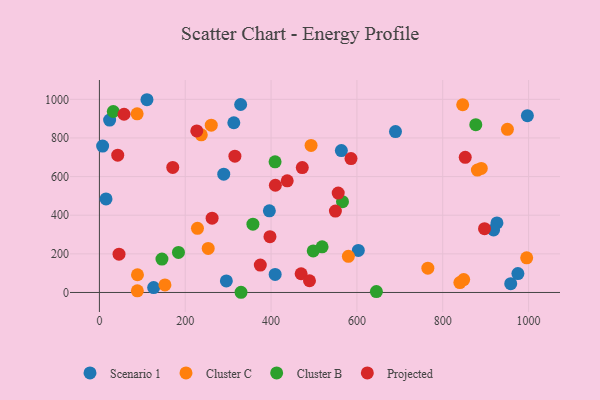
{"axis": {"x": "Speed", "y": "Fuel Efficiency"}, "legend": ["Cluster B", "Cluster C", "Projected", "Scenario 1"], "data": [{"x": "23.8", "y": 892.7, "type": "Scenario 1"}, {"x": "603.3", "y": 217.6, "type": "Scenario 1"}, {"x": "289.7", "y": 612.7, "type": "Scenario 1"}, {"x": "409.5", "y": 93.2, "type": "Scenario 1"}, {"x": "958.4", "y": 45.6, "type": "Scenario 1"}, {"x": "313.2", "y": 878.8, "type": "Scenario 1"}, {"x": "110.8", "y": 998.0, "type": "Scenario 1"}, {"x": "396.0", "y": 422.6, "type": "Scenario 1"}, {"x": "126.4", "y": 25.1, "type": "Scenario 1"}, {"x": "563.8", "y": 734.6, "type": "Scenario 1"}, {"x": "329.1", "y": 973.2, "type": "Scenario 1"}, {"x": "926.3", "y": 360.1, "type": "Scenario 1"}, {"x": "918.5", "y": 324.0, "type": "Scenario 1"}, {"x": "295.8", "y": 59.7, "type": "Scenario 1"}, {"x": "997.2", "y": 915.6, "type": "Scenario 1"}, {"x": "15.4", "y": 484.6, "type": "Scenario 1"}, {"x": "689.9", "y": 832.9, "type": "Scenario 1"}, {"x": "975.1", "y": 97.8, "type": "Scenario 1"}, {"x": "7.5", "y": 758.0, "type": "Scenario 1"}, {"x": "580.1", "y": 187.3, "type": "Cluster C"}, {"x": "950.7", "y": 844.6, "type": "Cluster C"}, {"x": "88.4", "y": 8.6, "type": "Cluster C"}, {"x": "152.7", "y": 39.1, "type": "Cluster C"}, {"x": "846.5", "y": 972.1, "type": "Cluster C"}, {"x": "848.8", "y": 66.8, "type": "Cluster C"}, {"x": "260.6", "y": 866.1, "type": "Cluster C"}, {"x": "237.4", "y": 816.5, "type": "Cluster C"}, {"x": "87.9", "y": 925.0, "type": "Cluster C"}, {"x": "995.6", "y": 179.4, "type": "Cluster C"}, {"x": "880.7", "y": 633.5, "type": "Cluster C"}, {"x": "493.2", "y": 761.3, "type": "Cluster C"}, {"x": "88.7", "y": 91.8, "type": "Cluster C"}, {"x": "839.9", "y": 51.2, "type": "Cluster C"}, {"x": "889.8", "y": 642.1, "type": "Cluster C"}, {"x": "228.5", "y": 332.2, "type": "Cluster C"}, {"x": "765.3", "y": 126.0, "type": "Cluster C"}, {"x": "253.5", "y": 228.3, "type": "Cluster C"}, {"x": "877.0", "y": 869.0, "type": "Cluster B"}, {"x": "566.4", "y": 470.1, "type": "Cluster B"}, {"x": "32.3", "y": 937.1, "type": "Cluster B"}, {"x": "357.7", "y": 353.5, "type": "Cluster B"}, {"x": "518.9", "y": 236.3, "type": "Cluster B"}, {"x": "645.4", "y": 4.5, "type": "Cluster B"}, {"x": "184.2", "y": 207.3, "type": "Cluster B"}, {"x": "330.0", "y": 1.0, "type": "Cluster B"}, {"x": "145.7", "y": 172.7, "type": "Cluster B"}, {"x": "409.3", "y": 676.2, "type": "Cluster B"}, {"x": "498.2", "y": 215.2, "type": "Cluster B"}, {"x": "556.4", "y": 514.9, "type": "Projected"}, {"x": "472.7", "y": 646.5, "type": "Projected"}, {"x": "897.4", "y": 330.1, "type": "Projected"}, {"x": "262.6", "y": 384.8, "type": "Projected"}, {"x": "437.6", "y": 578.0, "type": "Projected"}, {"x": "315.7", "y": 705.9, "type": "Projected"}, {"x": "470.0", "y": 96.9, "type": "Projected"}, {"x": "226.9", "y": 836.4, "type": "Projected"}, {"x": "397.4", "y": 288.7, "type": "Projected"}, {"x": "410.0", "y": 555.1, "type": "Projected"}, {"x": "489.5", "y": 60.6, "type": "Projected"}, {"x": "549.9", "y": 421.4, "type": "Projected"}, {"x": "45.7", "y": 198.4, "type": "Projected"}, {"x": "57.4", "y": 922.9, "type": "Projected"}, {"x": "170.9", "y": 647.5, "type": "Projected"}, {"x": "852.4", "y": 699.5, "type": "Projected"}, {"x": "586.2", "y": 693.1, "type": "Projected"}, {"x": "374.9", "y": 141.8, "type": "Projected"}, {"x": "42.7", "y": 710.7, "type": "Projected"}]}